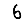
Digit: 6